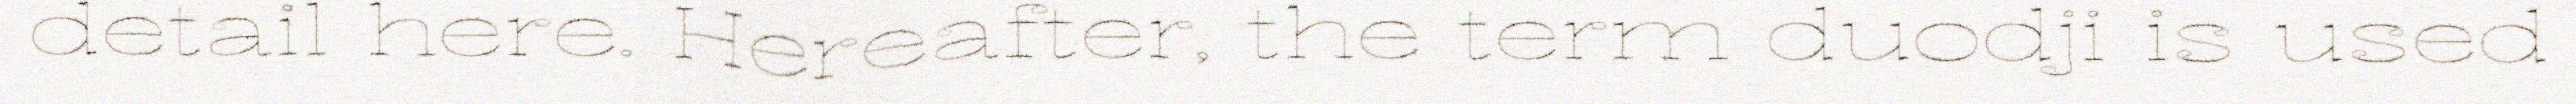
detail here. Hereafter, the term duodji is used